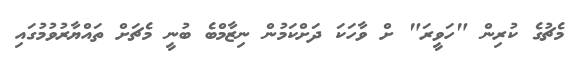
މެޗުގެ ކުރިން "ހަވީރަ" ށް ވާހަކަ ދަށްކަމުން ނިޒާމްބެ ބުނީ މެޗަށް ތައްޔާރުވުމުގައި